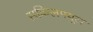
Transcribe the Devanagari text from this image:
सकिलफ्यूल